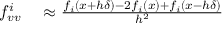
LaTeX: \begin{array} { r l } { f _ { v v } ^ { i } } & { { } \approx { \frac { f _ { i } ( { \boldsymbol { x } } + h { \boldsymbol { \delta } } ) - 2 f _ { i } ( { \boldsymbol { x } } ) + f _ { i } ( { \boldsymbol { x } } - h { \boldsymbol { \delta } } ) } { h ^ { 2 } } } } \end{array}